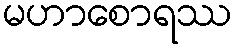
မဟာစောရဿ